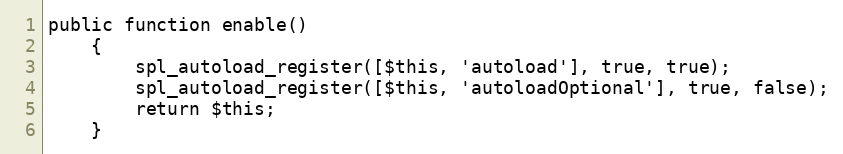
Language: PHP
public function enable()
    {
        spl_autoload_register([$this, 'autoload'], true, true);
        spl_autoload_register([$this, 'autoloadOptional'], true, false);
        return $this;
    }